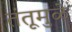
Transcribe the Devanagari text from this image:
तंतूमुळे